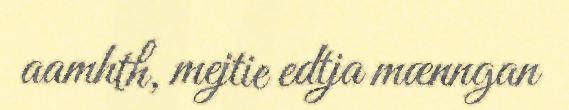
aamhth, mejtie edtja mænngan